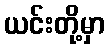
ယင်းတို့မှာ